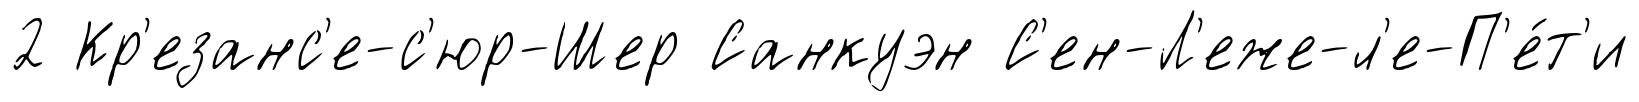
2 Кр'езанс'е-с'юр-Шер Санкуэн С'ен-Л'еже-л'е-П'е́т'и